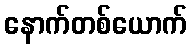
နောက်တစ်ယောက်